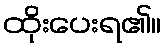
ထိုးပေးရ၏။